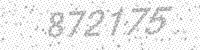
Solution: 872175